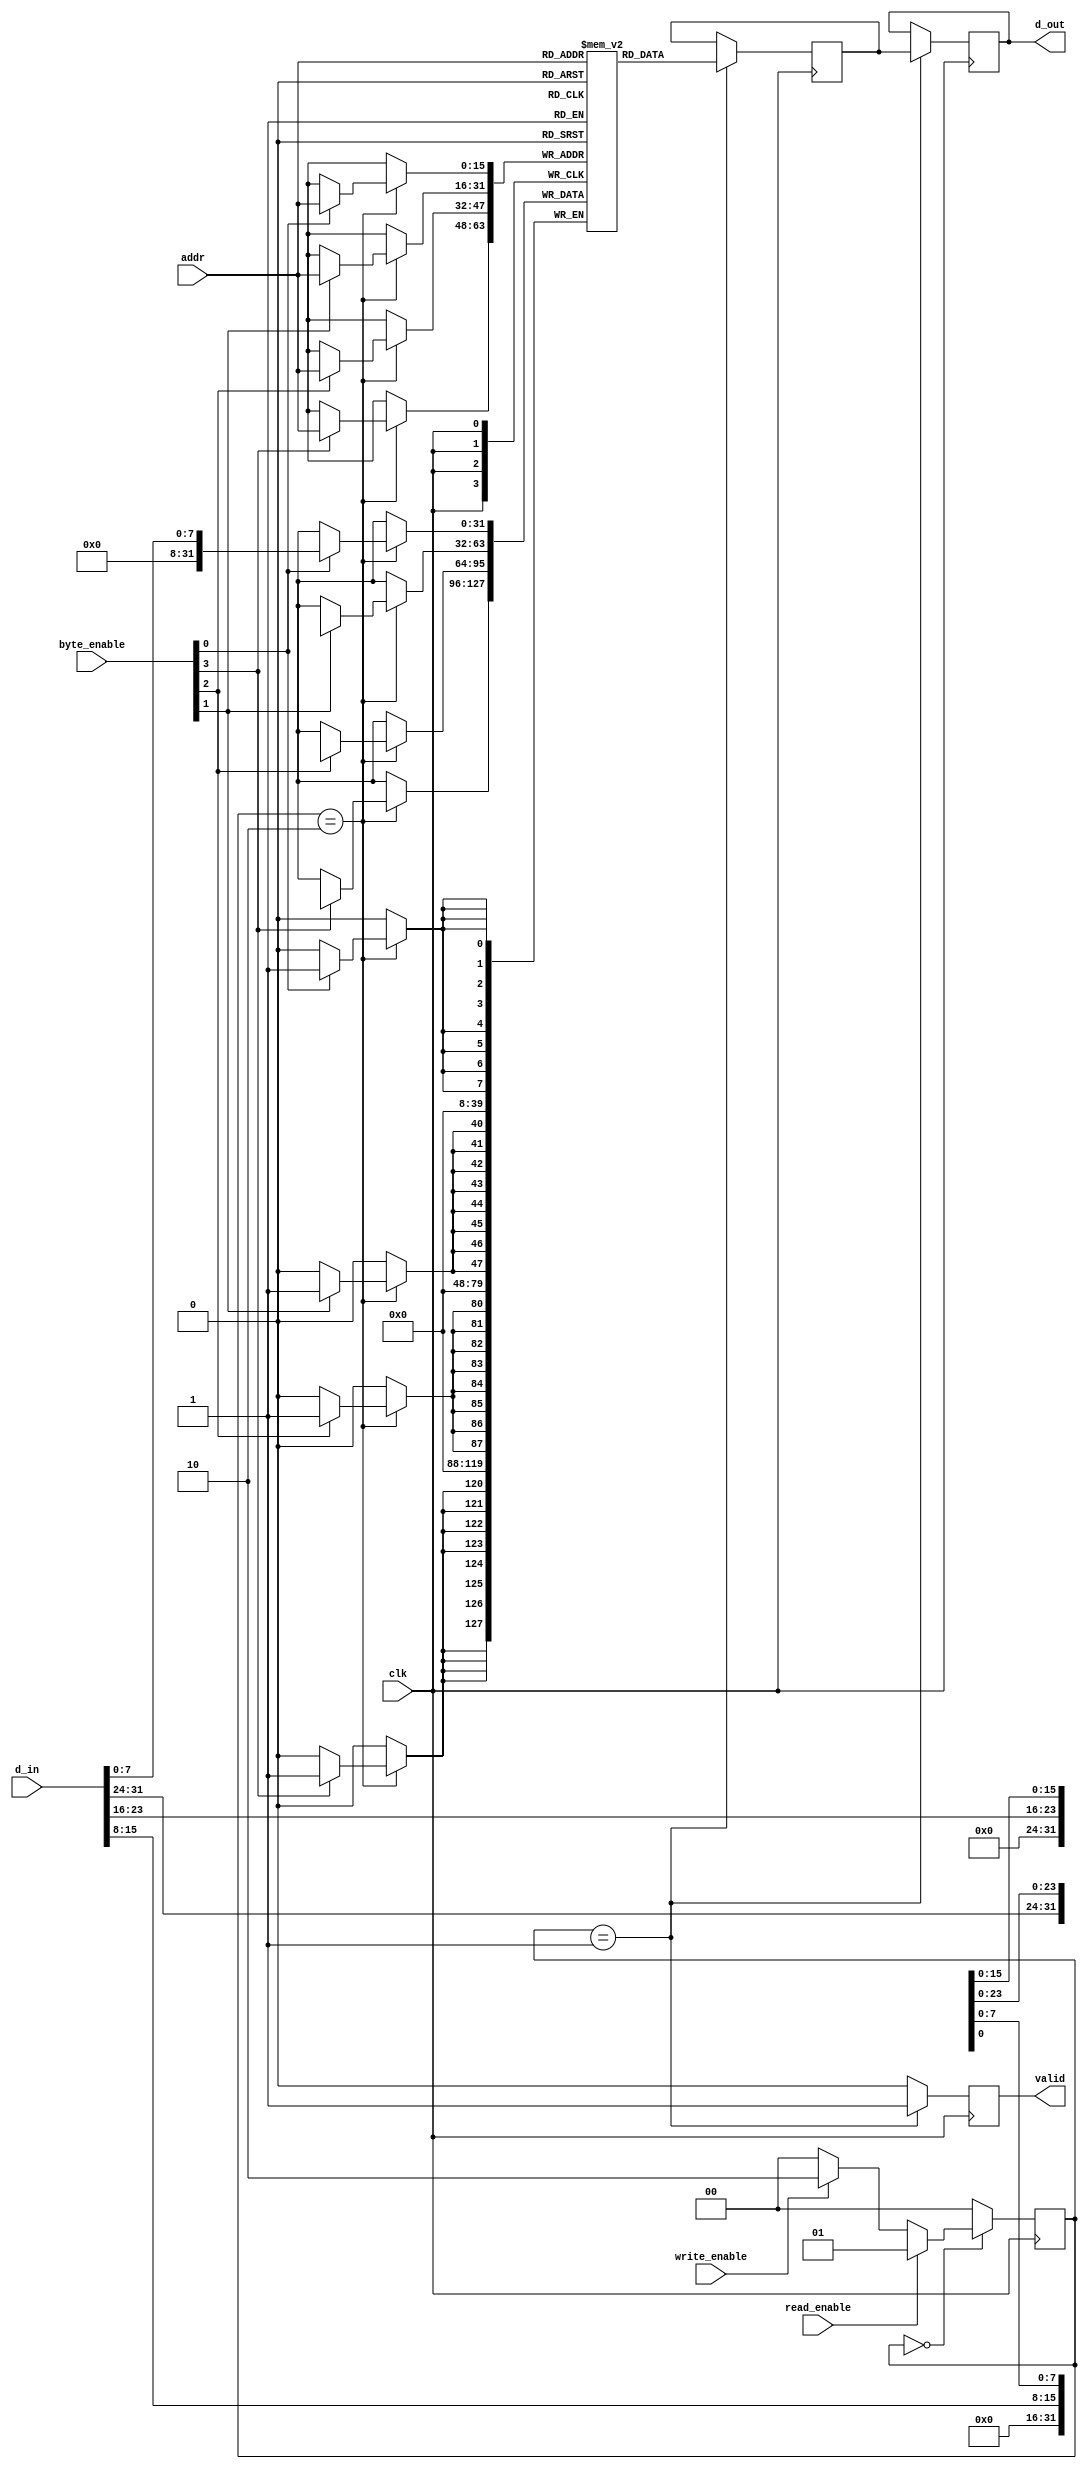
module sdram_io_block (
    input wire clk,                // Clock signal
    input wire read_enable,        // Read enable signal
    input wire write_enable,       // Write enable signal
    input wire [15:0] addr,        // Address lines (assuming 16-bit address)
    input wire [31:0] d_in,        // Data input lines (32-bit data)
    input wire [3:0] byte_enable,  // Byte enable signal (for 4 byte write)
    output reg [31:0] d_out,       // Data output lines (32-bit data)
    output reg valid               // Output valid signal
);

    // Internal registers and wires
    reg [31:0] sdram [0:65535];     // SDRAM storage (16-bit addressable, 32-bit wide)
    reg [31:0] temp_d_out;          // Temporary output data register

    // State machine states
    localparam IDLE = 2'd0;
    localparam READ = 2'd1;
    localparam WRITE = 2'd2;

    reg [1:0] state, next_state;

    // Sequential logic for state transitions
    always @(posedge clk) begin
        state <= next_state;
    end

    // Combinational logic for next state determination
    always @(*) begin
        case (state)
            IDLE: begin
                if (read_enable) begin
                    next_state = READ;
                end else if (write_enable) begin
                    next_state = WRITE;
                end else begin
                    next_state = IDLE;
                end
            end
            READ: begin
                next_state = IDLE; // Go back to IDLE after read operation
            end
            WRITE: begin
                next_state = IDLE; // Go back to IDLE after write operation
            end
            default: next_state = IDLE; // Default to IDLE for safety
        endcase
    end

    // Combinational logic for read and write operations
    always @(posedge clk) begin
        case (state)
            READ: begin
                // Read data from SDRAM
                temp_d_out = sdram[addr];
                valid = 1'b1; // Data is valid
            end
            WRITE: begin
                // Write data to SDRAM based on byte enable
                if (byte_enable[0]) sdram[addr][7:0]   = d_in[7:0];
                if (byte_enable[1]) sdram[addr][15:8]  = d_in[15:8];
                if (byte_enable[2]) sdram[addr][23:16] = d_in[23:16];
                if (byte_enable[3]) sdram[addr][31:24] = d_in[31:24];
                valid = 1'b0; // Data is not valid during write
            end
            default: begin
                valid = 1'b0; // Reset valid signal
            end
        endcase
    end

    // Assign output data
    always @(posedge clk) begin
        if (state == READ) begin
            d_out <= temp_d_out; // Latch the output data
        end
    end

endmodule